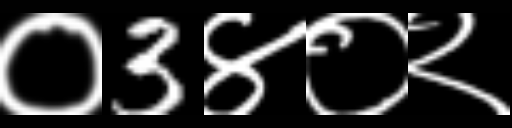
Text: ०3४०२